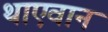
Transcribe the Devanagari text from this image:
थाएवान